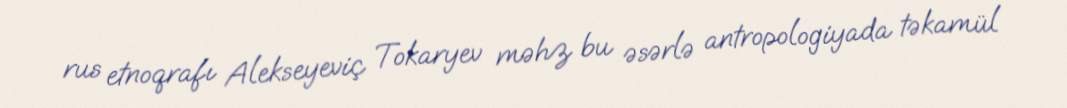
rus etnoqrafı Alekseyeviç Tokaryev məhz bu əsərlə antropologiyada təkamül